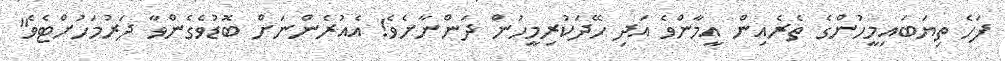
ފަހެ ތިޔަބައިމީހުންގެ ތެރެއިން އީމާންވެ އަދި ހޭދަކުރިމީހުން ދަންނާށެވެ! އެއުރެންނަށް ބޮޑުވެގެންވާ ދަރުމަހުށްޓެވެ"